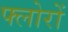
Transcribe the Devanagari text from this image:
फ्लोरों